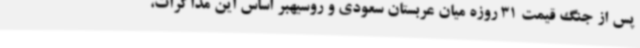
پس از جنگ قیمت 31 روزه میان عربستان سعودی و روسیهبر اساس این مذاکرات،